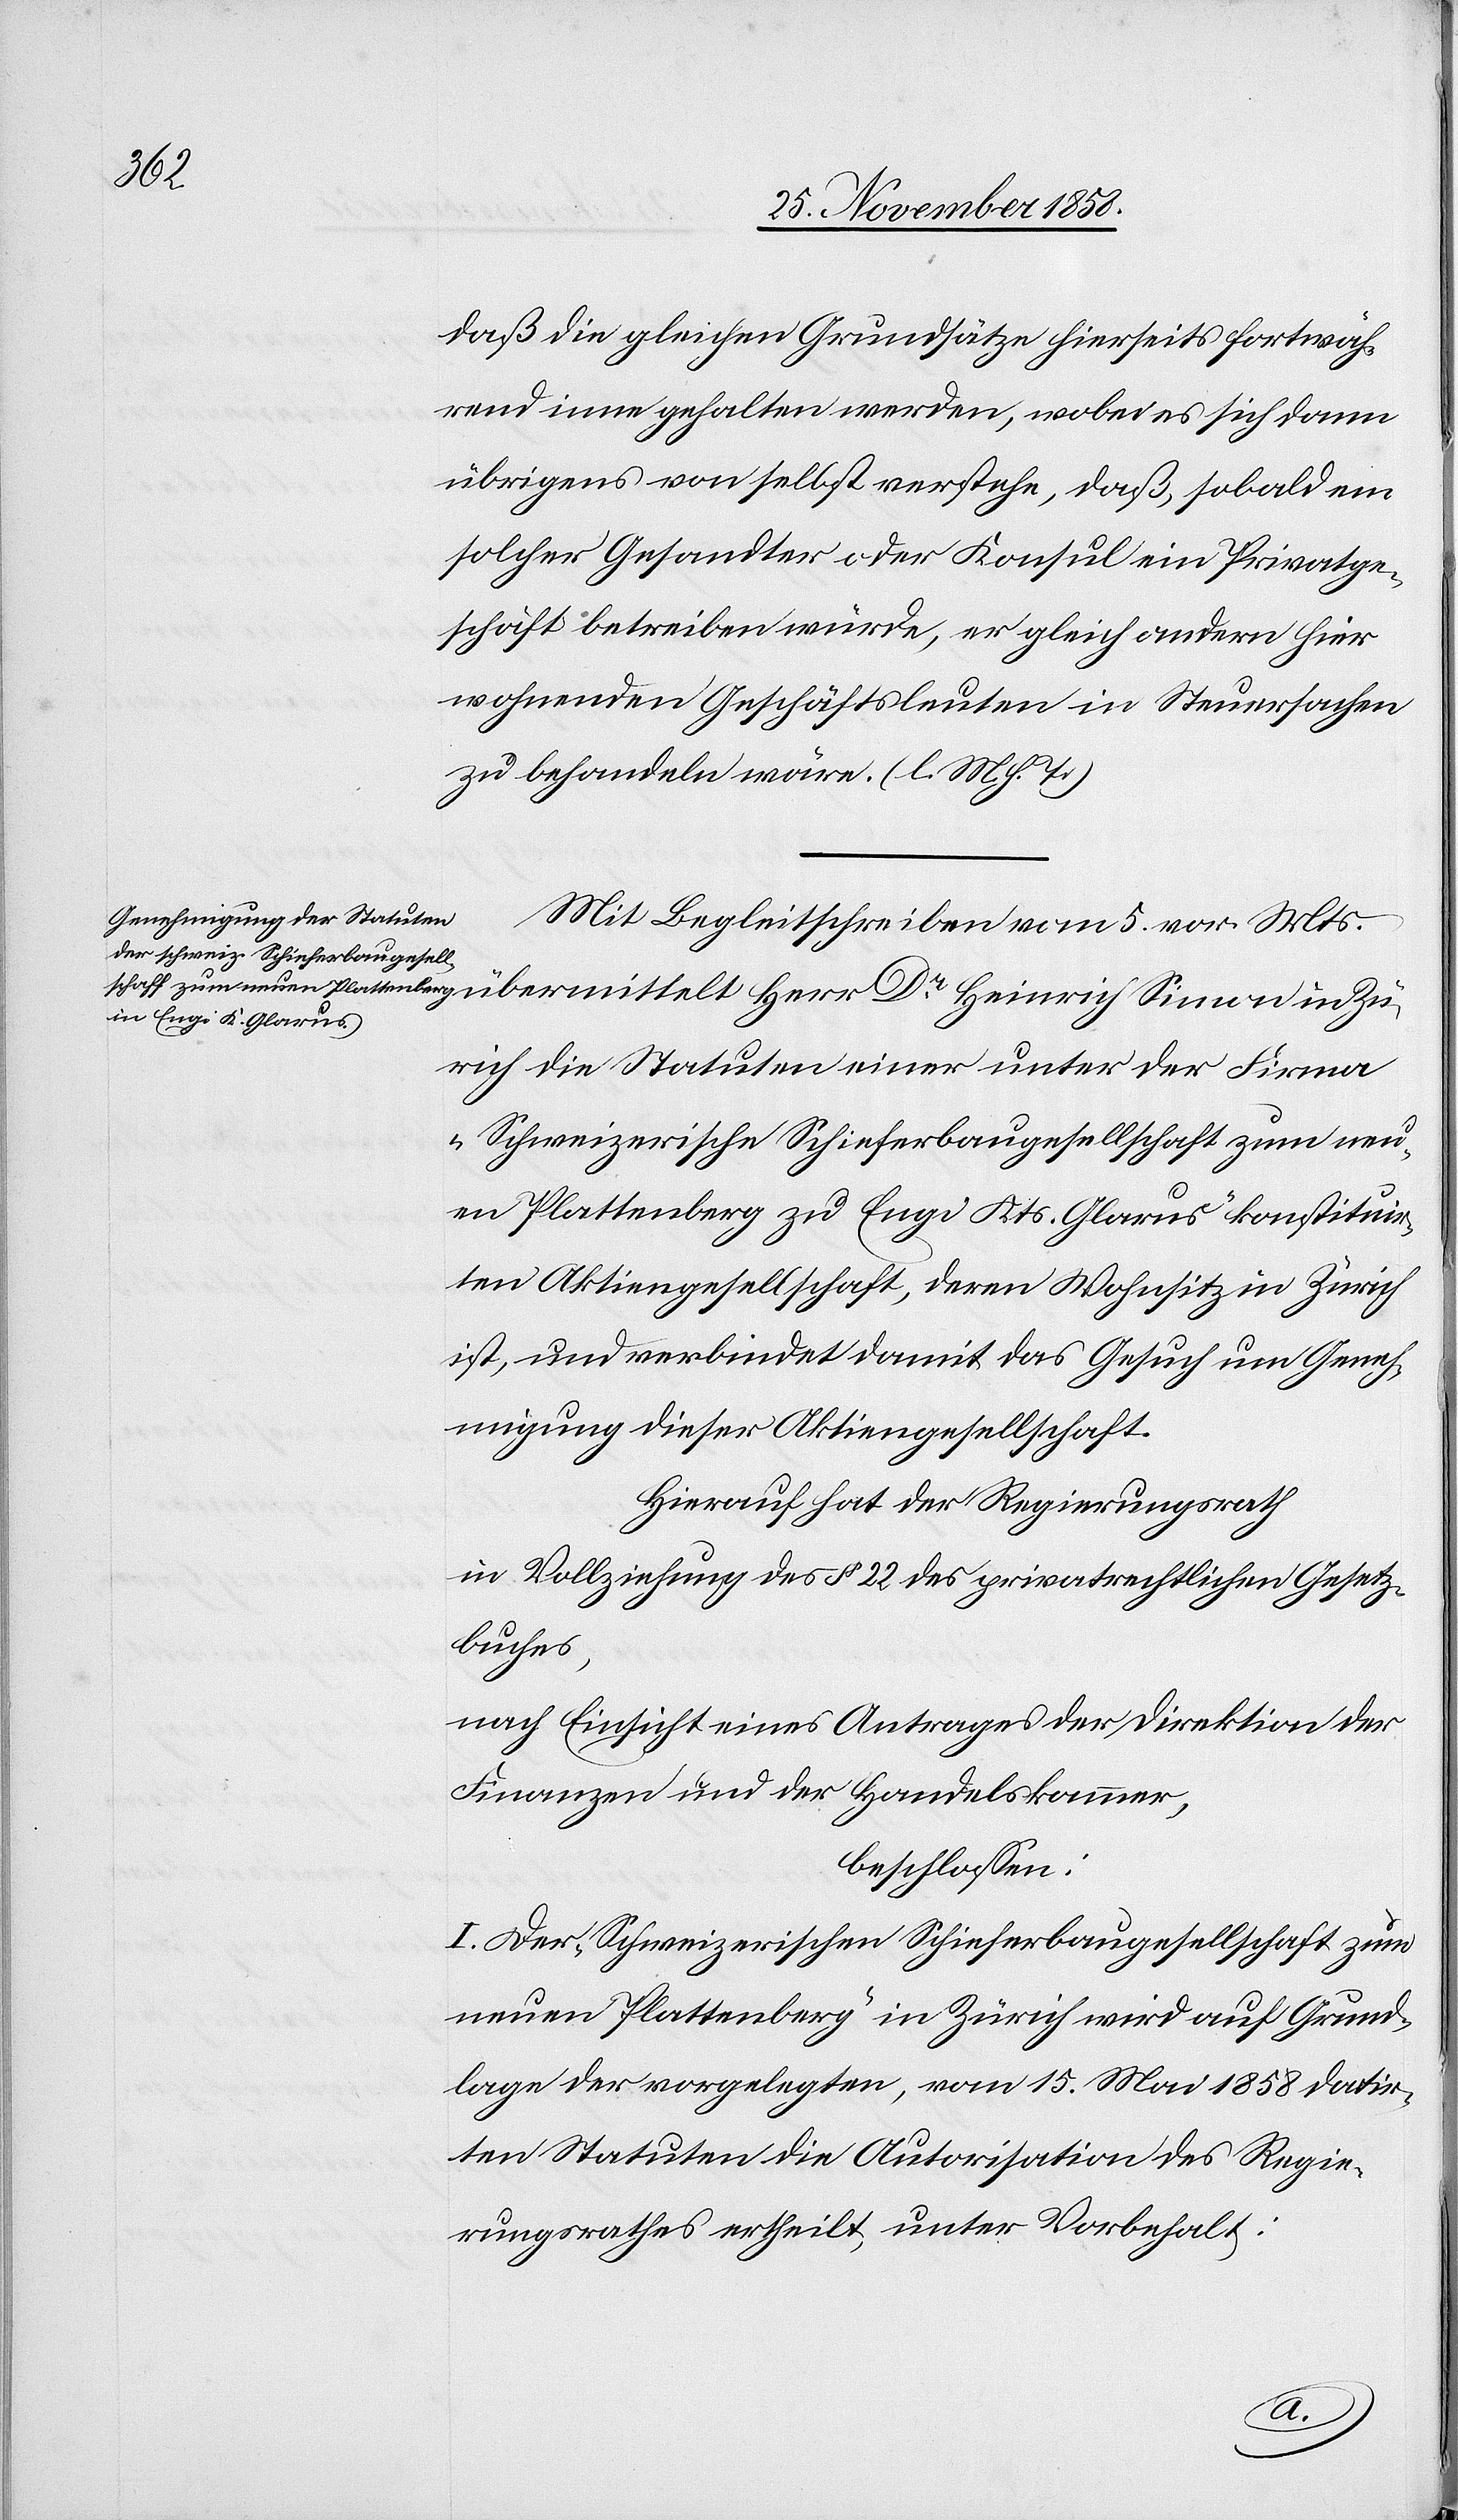
daß die gleichen Grundsätze hierseits fortwäh¬
rend inne gehalten werden, wobei es sich dann
übrigens von selbst verstehe, daß, sobald ein
solcher Gesandter oder Konsul ein Privatge¬
schäft betreiben würde, er gleich andern hier
wohnenden Geschäftsleuten in Steuersachen
zu behandeln wäre. (l. M. h. T.)
Mit Begleitschreiben vom 5. vor. Mts.
rich die Statuten einer unter der Firma
„Schweizerische Schieferbaugesellschaft zum neu¬
en Plattenberg zu Engi Kts. Glarus“ konstituir¬
ten Aktiengesellschaft, deren Wohnsitz in Zürich
ist, und verbindet damit das Gesuch um Geneh¬
migung dieser Aktiengesellschaft.
Hierauf hat der Regierungsrath
in Vollziehung des § 22 des privatrechtlichen Gesetz¬
buches,
nach Einsicht eines Antrages der Direktion der
Finanzen und der Handelskammer,
beschlossen:
I. Der „Schweizerischen Schieferbaugesellschaft zum
neuen Plattenberg“ in Zürich wird auf Grund¬
lage der vorgelegten, vom 15. Mai 1858 datir¬
ten Statuten die Autorisation des Regie¬
rungsrathes ertheilt, unter Vorbehalt:
Zü¬